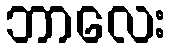
ဘာလေး